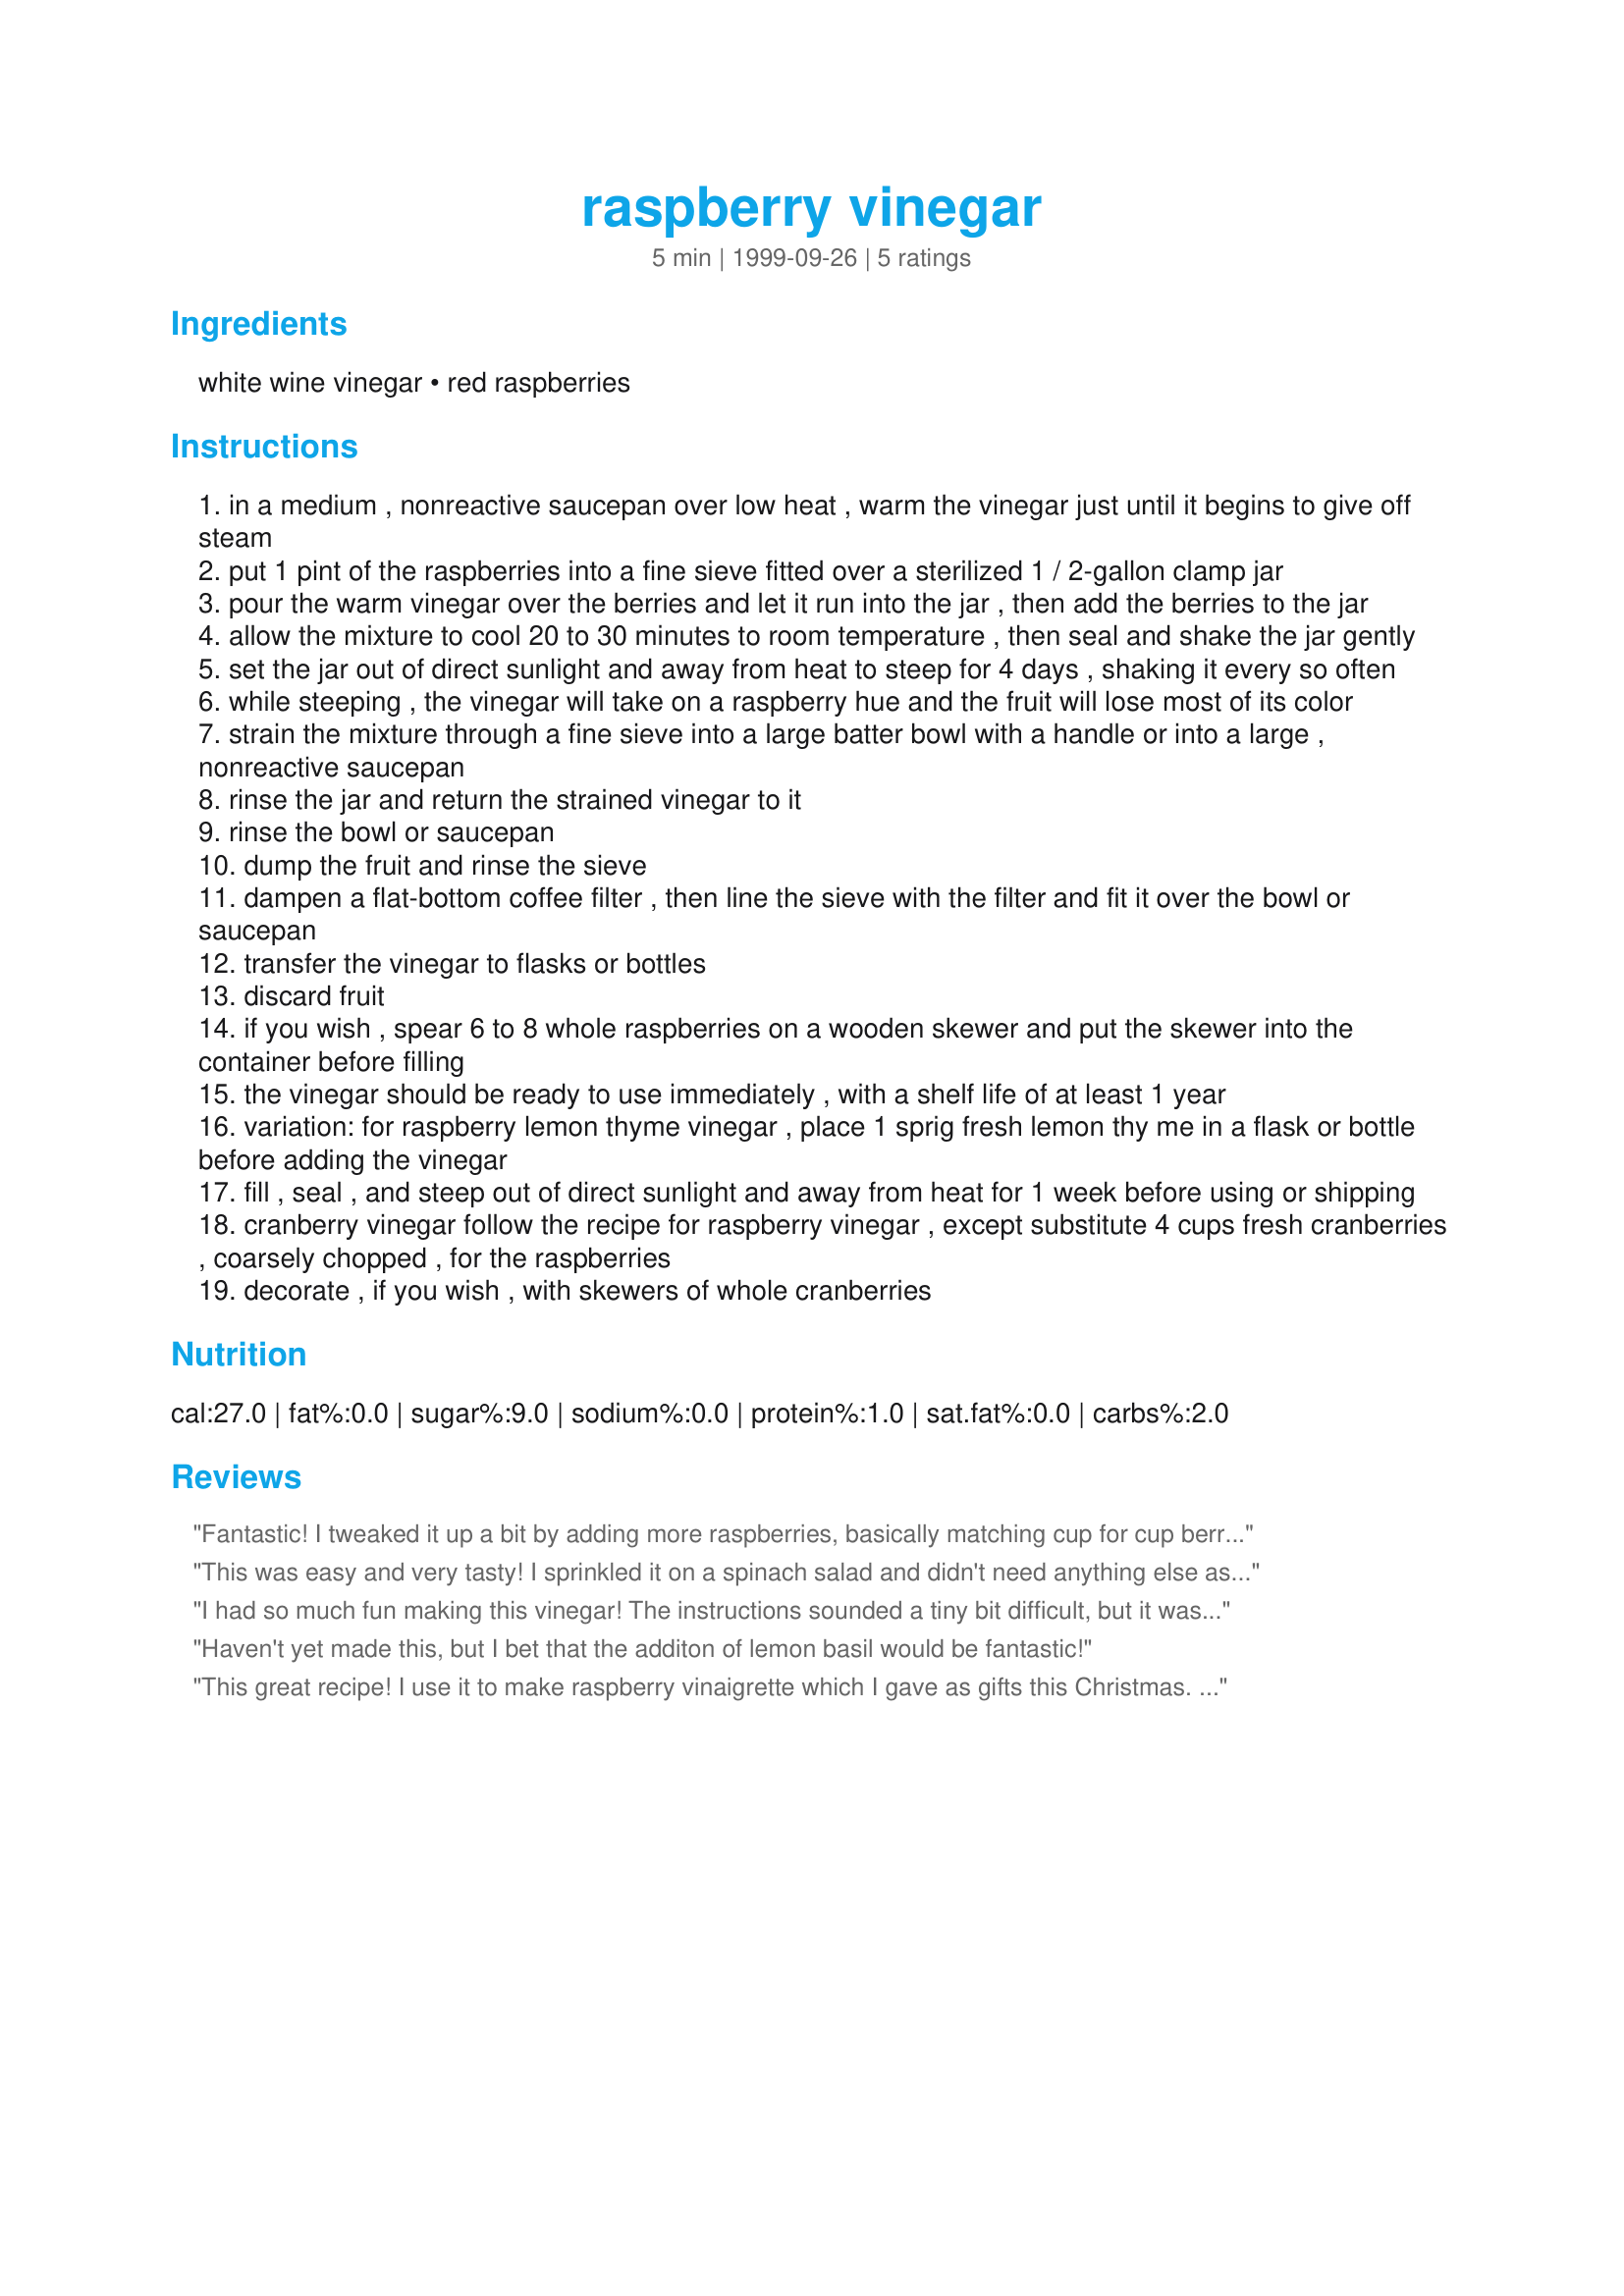
raspberry vinegar
Preparation time: 5 minutes

Ingredients:
white wine vinegar, red raspberries

Steps:
in a medium , nonreactive saucepan over low heat , warm the vinegar just until it begins to give off steam
put 1 pint of the raspberries into a fine sieve fitted over a sterilized 1 / 2-gallon clamp jar
pour the warm vinegar over the berries and let it run into the jar , then add the berries to the jar
allow the mixture to cool 20 to 30 minutes to room temperature , then seal and shake the jar gently
set the jar out of direct sunlight and away from heat to steep for 4 days , shaking it every so often
while steeping , the vinegar will take on a raspberry hue and the fruit will lose most of its color
strain the mixture through a fine sieve into a large batter bowl with a handle or into a large , nonreactive saucepan
rinse the jar and return the strained vinegar to it
rinse the bowl or saucepan
dump the fruit and rinse the sieve
dampen a flat-bottom coffee filter , then line the sieve with the filter and fit it over the bowl or saucepan
transfer the vinegar to flasks or bottles
discard fruit
if you wish , spear 6 to 8 whole raspberries on a wooden skewer and put the skewer into the container before filling
the vinegar should be ready to use immediately , with a shelf life of at least 1 year
variation: for raspberry lemon thyme vinegar , place 1 sprig fresh lemon thy me in a flask or bottle before adding the vinegar
fill , seal , and steep out of direct sunlight and away from heat for 1 week before using or shipping
cranberry vinegar follow the recipe for raspberry vinegar , except substitute 4 cups fresh cranberries , coarsely chopped , for the raspberries
decorate , if you wish , with skewers of whole cranberries

Reviews:
Fantastic! I tweaked it up a bit by adding more raspberries, basically matching cup for cup berries to white vinegar. Super red finished product, richly flavored! It made my Native American salad which calls for red raspberry vinegar taste even better! Thank you for your recipe!
This was easy and very tasty! I sprinkled it on a spinach salad and didn't need anything else as dressing to make it superb and low fat/low cal! And the vinegar is beautiful - I have it displayed in pretty bottles in my kitchen.
I had so much fun making this vinegar! The instructions sounded a tiny bit difficult, but it was very easy. It made a beautiful, red, heavily-raspberried vinegar. It makes a knock-out vinaigrette!
Haven't yet made this, but I bet that the additon of lemon basil would be fantastic!
This great recipe! I use it to make raspberry vinaigrette which I gave as gifts this Christmas. Thanks for sharing recipe.
